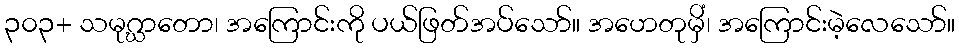
၃၀၃+ သမုဂ္ဃာတော၊ အကြောင်းကို ပယ်ဖြတ်အပ်သော်။ အဟေတုမှိံ၊ အကြောင်းမဲ့လေသော်။